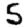
Digit: 5